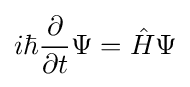
i\hbar {\frac {\partial }{\partial t}}\Psi ={\hat {H}}\Psi